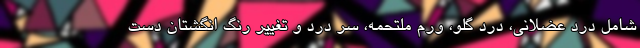
شامل درد عضلانی، درد گلو، ورم ملتحمه، سر درد و تغییر رنگ انگشتان دست